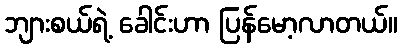
ဘျားစယ်ရဲ့ ခေါင်းဟာ ပြန်မော့လာတယ်။